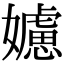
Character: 𡣭